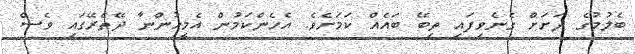
ބެލުމުގެ ދަށަށް ގެނެވިފައި ތިބޭ ބައެއް ކަމަށެވެ. އެހެންކަމުން އެމީހުންނާ ދޭތެރޭގައި ވެސް